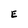
Character: E